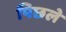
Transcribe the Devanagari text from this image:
पिछले